Leaving Certificate Examination, 1923
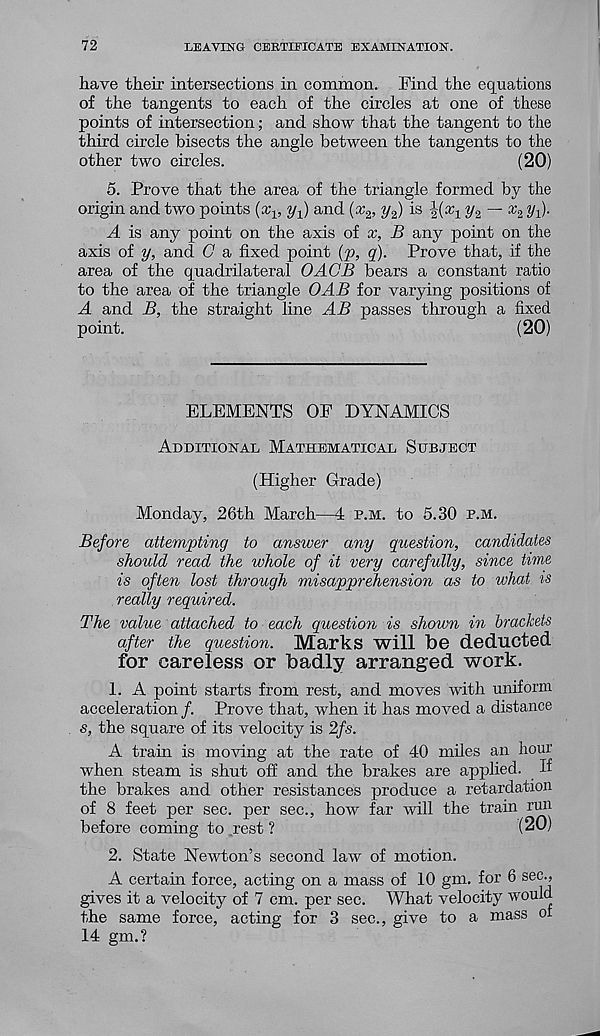
72
LEAVING CERTIFICATE EXAMINATION.
have their intersections in common. Find the equations
of the tangents to each of the circles at one of these
points of intersection; and show that the tangent to the
third circle bisects the angle between the tangents to the
other two circles.
(20)
5. Prove that the area of the triangle formed by the
origin and two points (x v y^) and (.x' 2 , y 2 ) is \{x 1 y. 2 — x 2 yj.
A is any point on the axis of x, B any point on the
axis of y, and G a fixed point (p, q). Prove that, if the
area of the quadrilateral OAGB bears a constant ratio
to the area of the triangle OAB for varying positions of
A and B, the straight line AB passes through a fixed
point.
(20)
ELEMENTS OE DYNAMICS
Additional Mathematical Subject
(Higher Grade)
Monday, 26th March—4 p.m. to 5.30 p.m.
Before attempting to answer any question, candidates
should read the whole of it very carefully, since time
is often lost through misapprehension as to what is
really required.
The value attached to each question is shown in brackets
after the question. Marks will be deducted
for careless or badly arranged work.
1. A point starts from rest, and moves with uniform
acceleration /. Prove that, when it has moved a distance
s, the square of its velocity is 2fs.
A train is moving at the rate of 40 miles an hour
when steam is shut off and the brakes are applied, u
the brakes and other resistances produce a retardation
of 8 feet per sec. per sec., how far will the train run
before coming to rest ?
(20)
2. State Newton’s second law of motion.
A certain force, acting on a mass of 10 gm. for 6 sec.,
gives it a velocity of 7 cm. per sec. What velocity would
the same force, acting for 3 sec., give to a mass of
14 gm.?